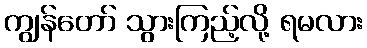
ကျွန်တော် သွားကြည့်လို့ ရမလား